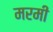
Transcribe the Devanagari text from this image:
मरमी